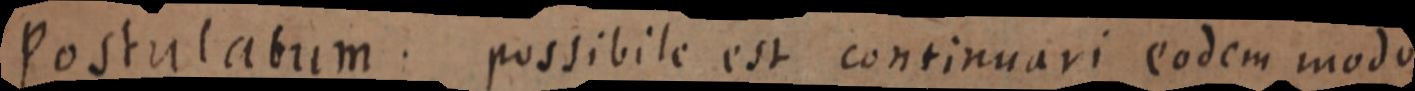
Postulabum: possibile est continuari eodem modo